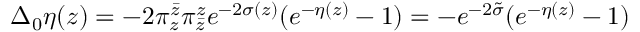
\Delta _ { 0 } \eta ( z ) = - 2 \pi _ { z } ^ { \bar { z } } \pi _ { \bar { z } } ^ { z } e ^ { - 2 \sigma ( z ) } ( e ^ { - \eta ( z ) } - 1 ) = - e ^ { - 2 \tilde { \sigma } } ( e ^ { - \eta ( z ) } - 1 )